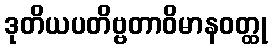
ဒုတိယပတိဗ္ဗတာဝိမာနဝတ္ထု